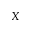
X